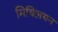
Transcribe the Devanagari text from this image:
मियिलयन